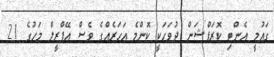
ގައުމީ އެންޓި ކޮރަޕްޝަން ދުވަހަކީ ކޮންމެ އަހަރެއްގެ ވެސް އޭޕްރީލް މަހުގެ 21